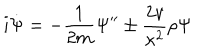
i \dot { \Psi } = - \frac { 1 } { 2 m } \Psi ^ { \prime \prime } \pm \frac { 2 v } { \kappa ^ { 2 } } \rho \Psi